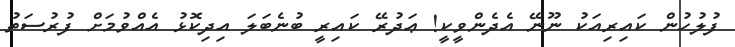
ފުލުހުން ކައިރިއަކު ނޫނޭ އެދެންވީކީ! ޢަދުރޭ ކައިރީ ބުނެބަލަ އިދިކޮޅު އެއްވުމަށް ފުރުސަތު